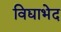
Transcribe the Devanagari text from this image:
विद्याभेद